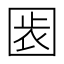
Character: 𡇴